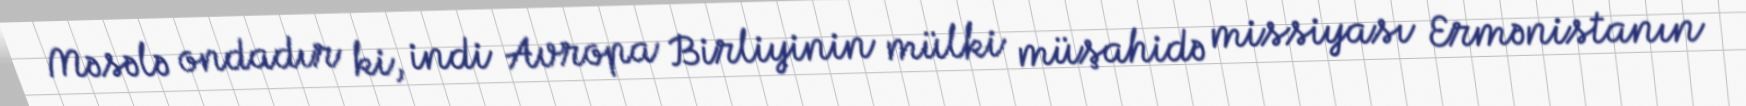
Məsələ ondadır ki, indi Avropa Birliyinin mülki müşahidə missiyası Ermənistanın